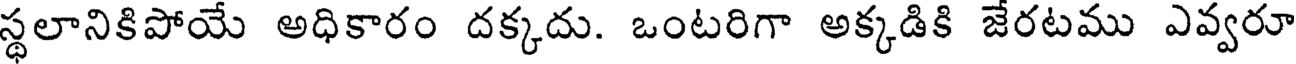
స్థలానికిపోయే అధికారం దక్కదు. ఒంటరిగా అక్కడికి జేరటము ఎవ్వరూ